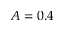
A = 0 . 4